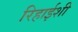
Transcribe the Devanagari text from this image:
रिहाईशी